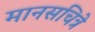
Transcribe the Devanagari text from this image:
मानसचित्रे